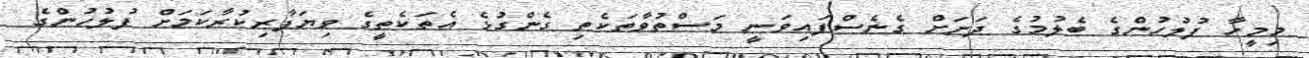
މިމީހާ ފުލުހުންގެ ބެލުމުގެ ދަށަށް ގެނެސްފައިވަނީ މަސްތުވާތަކެތި ގެންގުޅެ އެތަކެތީގެ ވިޔަފާރިކުރާކަމަށް ފުލުހުންގެ